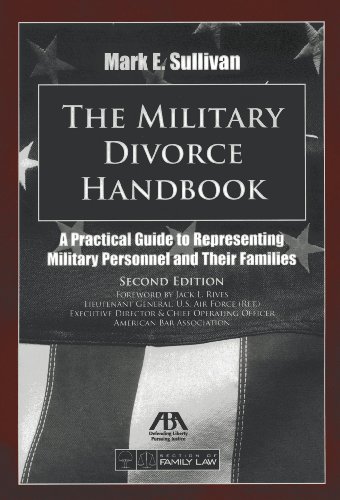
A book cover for The Military Divorce Handbook: A Practical Guide to Representing Military Personnel and Their Families; Mark E. Sullivan; Law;